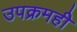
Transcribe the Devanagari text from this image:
उपक्रमहीे